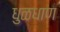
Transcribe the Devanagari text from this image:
धुळधाण